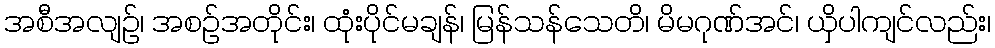
အစီအလျဉ်၊ အစဉ်အတိုင်း၊ ထုံးပိုင်မချန်၊ မြန်သန်သေတိ၊ မိမဂုဏ်အင်၊ ယှိပါကျင်လည်း၊